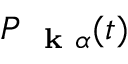
P _ { \mathrm { ~ \bf ~ k ~ } \alpha } ( t )